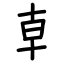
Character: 𠦝